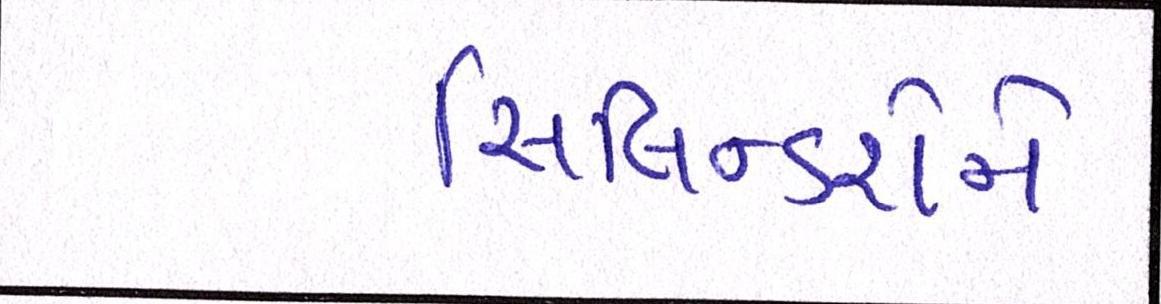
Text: સિલિન્ડરોને